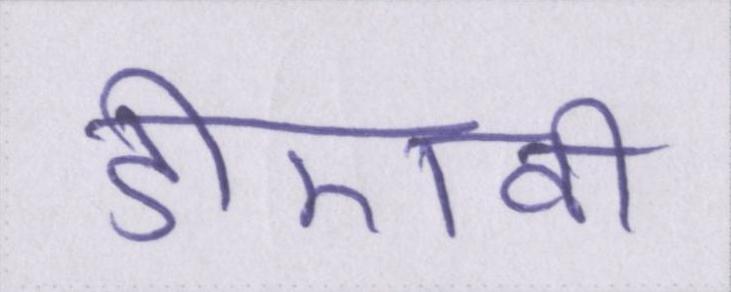
डीएवी